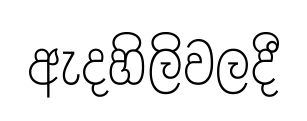
ඇදහිලිවලදී